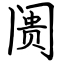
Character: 阓